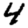
Digit: 4